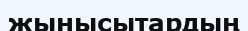
жынысытардың